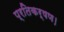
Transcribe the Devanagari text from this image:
प्रतिकर्षण।